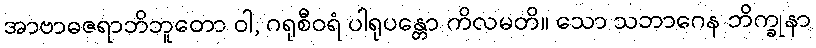
အာဗာဓဇရာဘိဘူတော ဝါ, ဂရုစီဝရံ ပါရုပန္တော ကိလမတိ။ သော သဘာဂေန ဘိက္ခုနာ